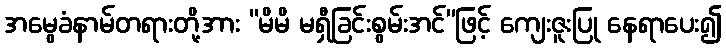
အမွေခံနာမ်တရားတို့အား “မိမိ မရှီခြင်းစွမ်းအင်”ဖြင့် ကျေးဇူးပြု နေရာပေး၍